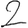
Digit: 2